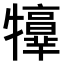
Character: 𤜃